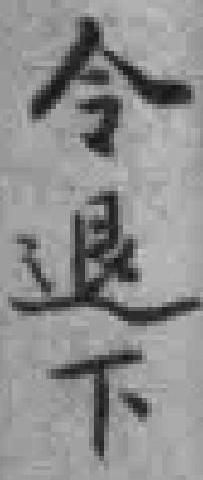
令退下